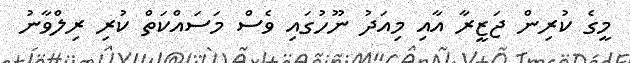
މީގެ ކުރިން ޖަޒީރާ އާއި މިއަދު ނޫހުގައި ވެސް މަސައްކަތް ކުރި ރިލްވާނު